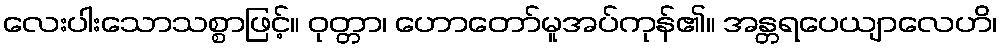
လေးပါးသောသစ္စာဖြင့်။ ဝုတ္တာ၊ ဟောတော်မူအပ်ကုန်၏။ အန္တရပေယျာလေဟိ၊